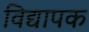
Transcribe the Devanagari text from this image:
विद्यापक